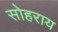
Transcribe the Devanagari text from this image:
सोहराय